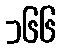
၁၆၆